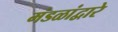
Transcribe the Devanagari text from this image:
मंडळांद्वारे